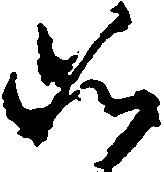
如